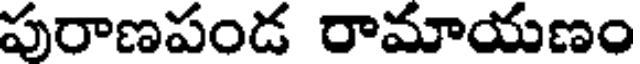
పురాణపండ రామాయణం